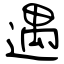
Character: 遇